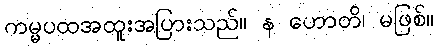
ကမ္မပထအထူးအပြားသည်။ န ဟောတိ၊ မဖြစ်။